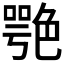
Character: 𦫩